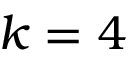
k = 4